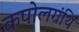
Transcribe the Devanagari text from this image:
कपोलग्रंथि